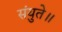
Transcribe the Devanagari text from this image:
संयुते॥